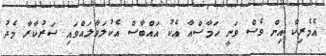
އެމެރިކާ އިން ވެސް ވަނީ ހަމާސްއާ އެކު އައްބާސް އެކުލަވާލައްވައި ސަރުކާރާ މެދު